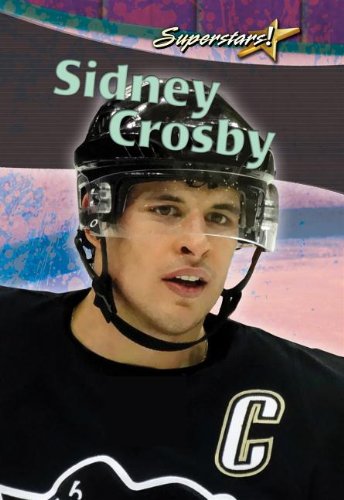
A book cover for Sidney Crosby (Superstars! (Crabtree)); Kylie Burns; Children's Books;